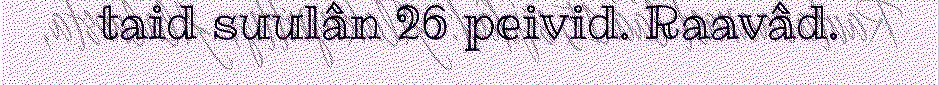
taid suulân 26 peivid. Raavâd.